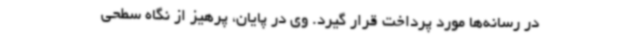
در رسانه‌ها مورد پرداخت قرار گیرد. وی در پایان، پرهیز از نگاه سطحی